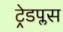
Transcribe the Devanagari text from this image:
ट्रेडप्लस